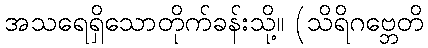
အသရေရှိသောတိုက်ခန်းသို့။ (သိရိဂဗ္ဘေတိ